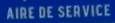
AIRE DE SERVICE